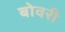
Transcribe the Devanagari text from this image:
बोवरी